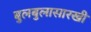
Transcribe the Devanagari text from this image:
बुलबुलासारखी